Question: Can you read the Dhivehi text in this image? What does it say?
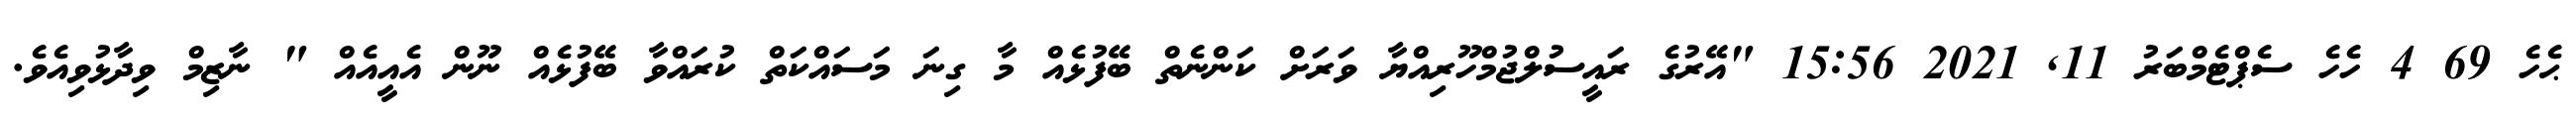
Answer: ޙެހެ 69 4 ހެހެ ސެޕްޓެމްބަރު 11, 2021 15:56 "އޭރުގެ ރައީސުލްޖުމްހޫރިއްޔާ ވަރަށް ކަންނެތް ބޭފުޅެއް މާ ގިނަ މަސައްކަތް ކުރައްވާ ބޭފުޅެއް ނޫން އެއީއެއް " ނާޒިމް ވިދާޅުވިއެވެ.